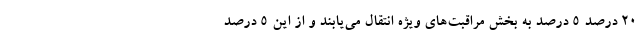
20 درصد 5 درصد به بخش مراقبت‌های ویژه انتقال می‌یابند و از این 5 درصد